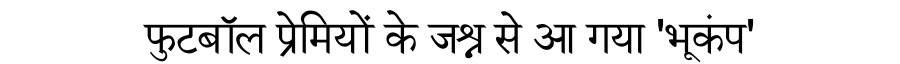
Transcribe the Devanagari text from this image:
फुटबॉल प्रेमियों के जश्न से आ गया 'भूकंप'